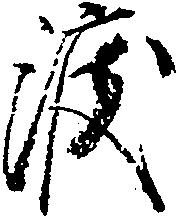
渡